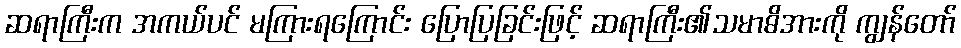
ဆရာကြီးက အကယ်ပင် မကြားရကြောင်း ပြောပြခြင်းဖြင့် ဆရာကြီး၏သမာဓိအားကို ကျွန်တော်